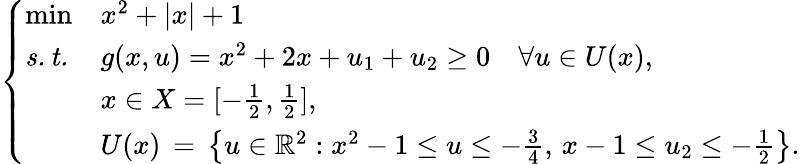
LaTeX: \left\{ \begin{array}{lll}{\operatorname*{min}}&{x^{2}+|x|+1}\\ {\mathit{s.t.}}&{g(x,u)=x^{2}+2x+u_{1}+u_{2}\geq 0\quad\forall u\in U(x),}\\ &{x\in X=[-\frac{1}{2},\frac{1}{2}],}\\ &{U(x)\, =\, \big\{ u\in\mathbb{R}^{2}:x^{2}-1\leq u\leq-\frac{3}{4},\, x-1\leq u_{2}\leq-\frac{1}{2}\big\} .}\end{array}\right.